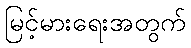
မြင့်မားရေးအတွက်